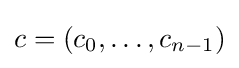
c=(c_{0},\dots ,c_{n-1})